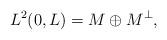
LaTeX: \begin{align*}L^2(0,L)=M\oplus M^{\perp}, \end{align*}